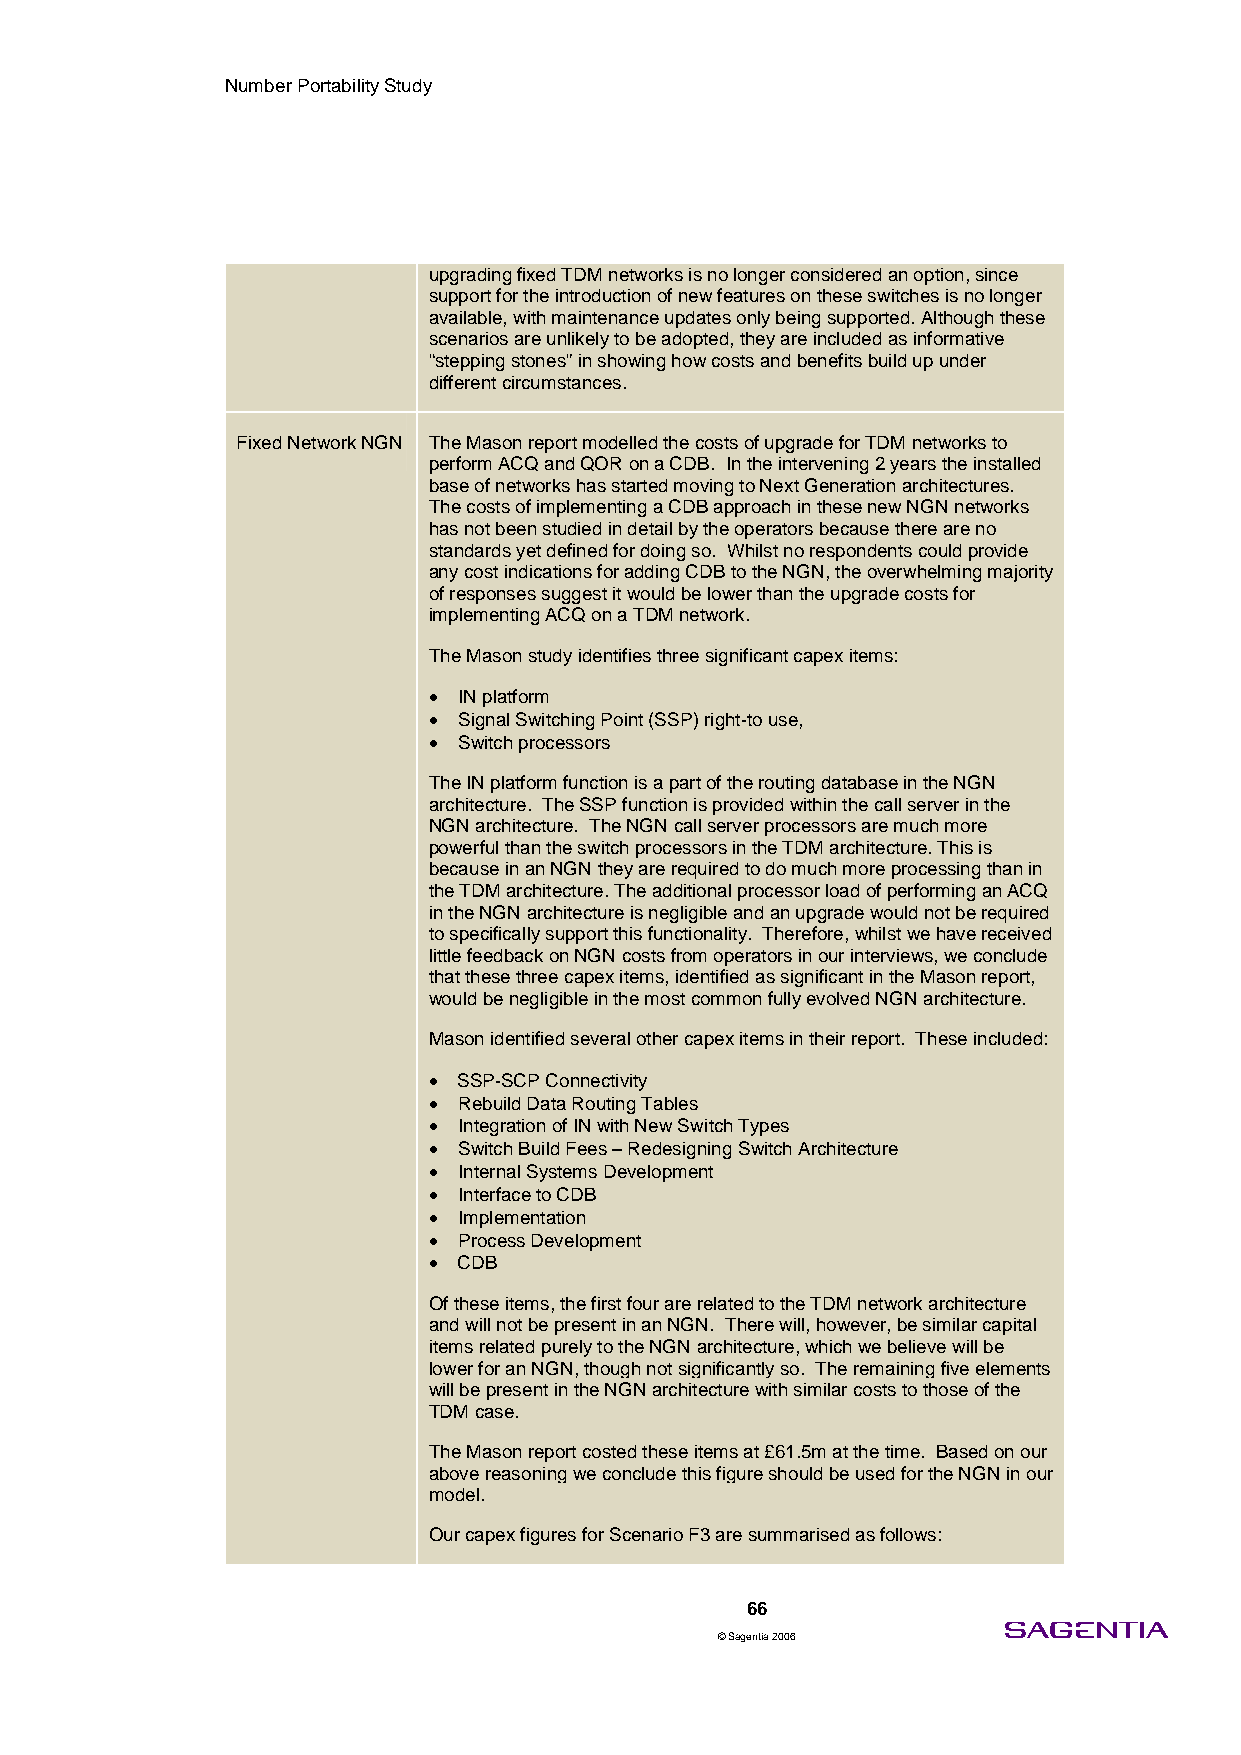
Number Portability Study
 upgrading fixed TDM networks is no longer considered an option, since
 support for the introduction of new features on these switches is no longer
 available, with maintenance updates only being supported. Although these
 scenarios are unlikely to be adopted, they are included as informative
 “stepping stones” in showing how costs and benefits build up under
 different circumstances.
 Fixed Network NGN The Mason report modelled the costs of upgrade for TDM networks to
 perform ACQ and QOR on a CDB. In the intervening 2 years the installed
 base of networks has started moving to Next Generation architectures.
 The costs of implementing a CDB approach in these new NGN networks
 has not been studied in detail by the operators because there are no
 standards yet defined for doing so. Whilst no respondents could provide
 any cost indications for adding CDB to the NGN, the overwhelming majority
 of responses suggest it would be lower than the upgrade costs for
 implementing ACQ on a TDM network.
 The Mason study identifies three significant capex items:
 • IN platform
 • Signal Switching Point (SSP) right-to use,
 • Switch processors
 The IN platform function is a part of the routing database in the NGN
 architecture. The SSP function is provided within the call server in the
 NGN architecture. The NGN call server processors are much more
 powerful than the switch processors in the TDM architecture. This is
 because in an NGN they are required to do much more processing than in
 the TDM architecture. The additional processor load of performing an ACQ
 in the NGN architecture is negligible and an upgrade would not be required
 to specifically support this functionality. Therefore, whilst we have received
 little feedback on NGN costs from operators in our interviews, we conclude
 that these three capex items, identified as significant in the Mason report,
 would be negligible in the most common fully evolved NGN architecture.
 Mason identified several other capex items in their report. These included:
 • SSP-SCP Connectivity
 • Rebuild Data Routing Tables
 • Integration of IN with New Switch Types
 • Switch Build Fees – Redesigning Switch Architecture
 • Internal Systems Development
 • Interface to CDB
 • Implementation
 • Process Development
 • CDB
 Of these items, the first four are related to the TDM network architecture
 and will not be present in an NGN. There will, however, be similar capital
 items related purely to the NGN architecture, which we believe will be
 lower for an NGN, though not significantly so. The remaining five elements
 will be present in the NGN architecture with similar costs to those of the
 TDM case.
 The Mason report costed these items at £61.5m at the time. Based on our
 above reasoning we conclude this figure should be used for the NGN in our
 model.
 Our capex figures for Scenario F3 are summarised as follows:
 66
 © Sagentia 2006